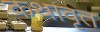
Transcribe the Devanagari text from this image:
कथावृत